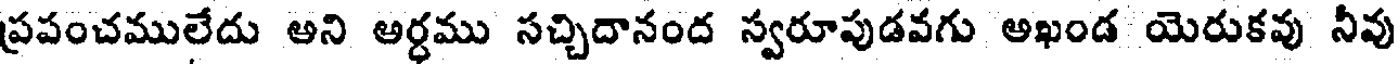
ప్రపంచములేదు అని అర్ధము సచ్చిదానంద స్వరూపుడవగు అఖండ యెరుకవు నీవు